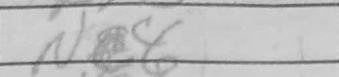
Transcription: N4